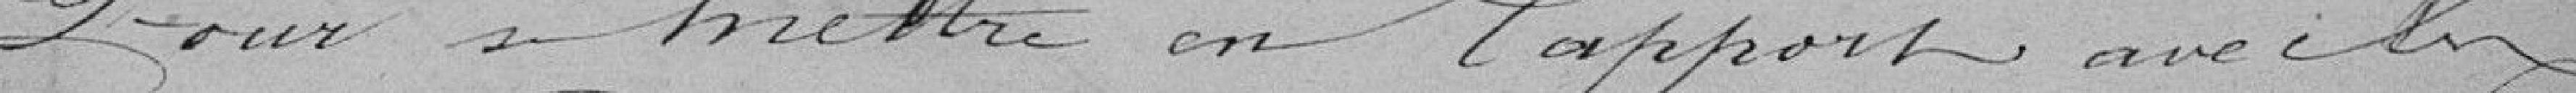
Pour se mettre en rapport avec les